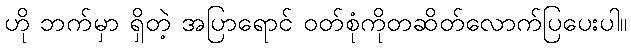
ဟို ဘက်မှာ ရှိတဲ့ အပြာရောင် ဝတ်စုံကိုတဆိတ်လောက်ပြပေးပါ။